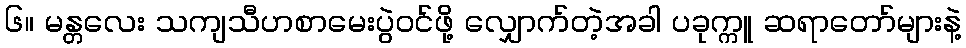
၆။ မန္တလေး သကျသီဟစာမေးပွဲဝင်ဖို့ လျှောက်တဲ့အခါ ပခုက္ကူ ဆရာတော်များနဲ့